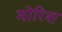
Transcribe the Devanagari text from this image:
मोरिश